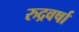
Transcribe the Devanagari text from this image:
रुद्रवर्षा